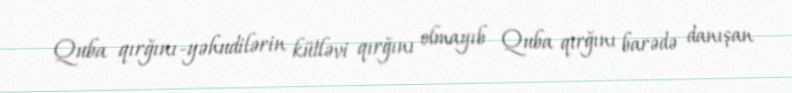
Quba qırğını-yəhudilərin kütləvi qırğını olmayıb Quba qırğını barədə danışan